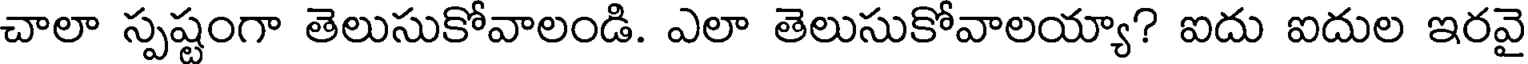
చాలా స్పష్టంగా తెలుసుకోవాలండి. ఎలా తెలుసుకోవాలయ్యా? ఐదు ఐదుల ఇరవై